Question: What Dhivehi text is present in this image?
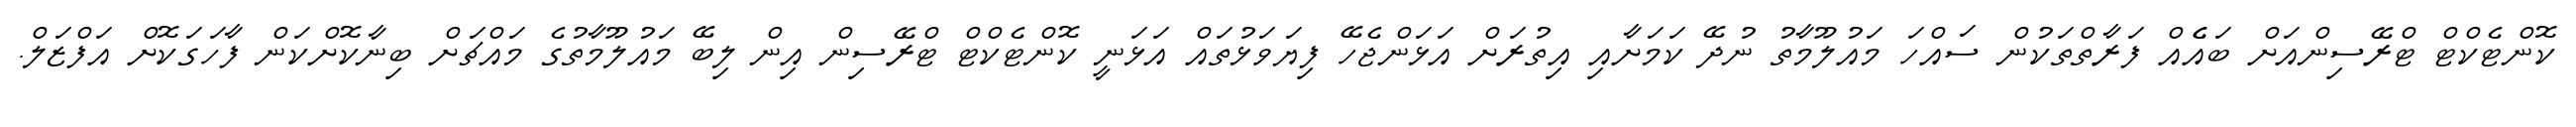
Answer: ކޮންޓެކްޓް ޓްރޭސިންއަށް ބައެެއް ފަރާތްތަކުން ސައްހަ މައުލޫމާތު ނުދޭ ކަމަށާއި އިތުރަށް އަޅަންޖެހޭ ފިޔަވަޅުތައް އަޅަނީ ކޮންޓެކްޓް ޓްރޭސިން އިން ލިބޭ މައުލޫމާތުގެ މައްޗަށް ބިނާކޮށްކަން ފާހަގަކޮށް އަފްޒަލް.